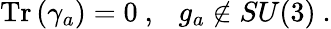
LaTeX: \mathrm{Tr}\left(\gamma_{a}\right)=0~,~~~g_{a}\not\in SU(3)~.